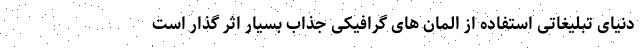
دنیای تبلیغاتی استفاده از المان های گرافیکی جذاب بسیار اثر گذار است